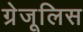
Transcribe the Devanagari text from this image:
ग्रेजूलिस